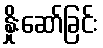
နှိုးဆော်ခြင်း